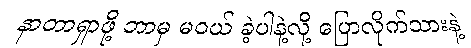
နာတာရှာဖို့ ဘာမှ မဝယ် ခဲ့ပါနဲ့လို့ ပြောလိုက်သားနဲ့